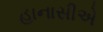
હાનાસીએ